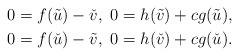
LaTeX: \begin{align*} &0=f(\tilde u)-\check v,~0=h(\tilde v)+cg(\tilde u), \\ &0= f(\check u)-\tilde v,~0=h(\check v)+cg(\check u). \end{align*}